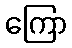
ကြော